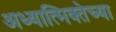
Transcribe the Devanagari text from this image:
अध्यात्मिक्तेच्या